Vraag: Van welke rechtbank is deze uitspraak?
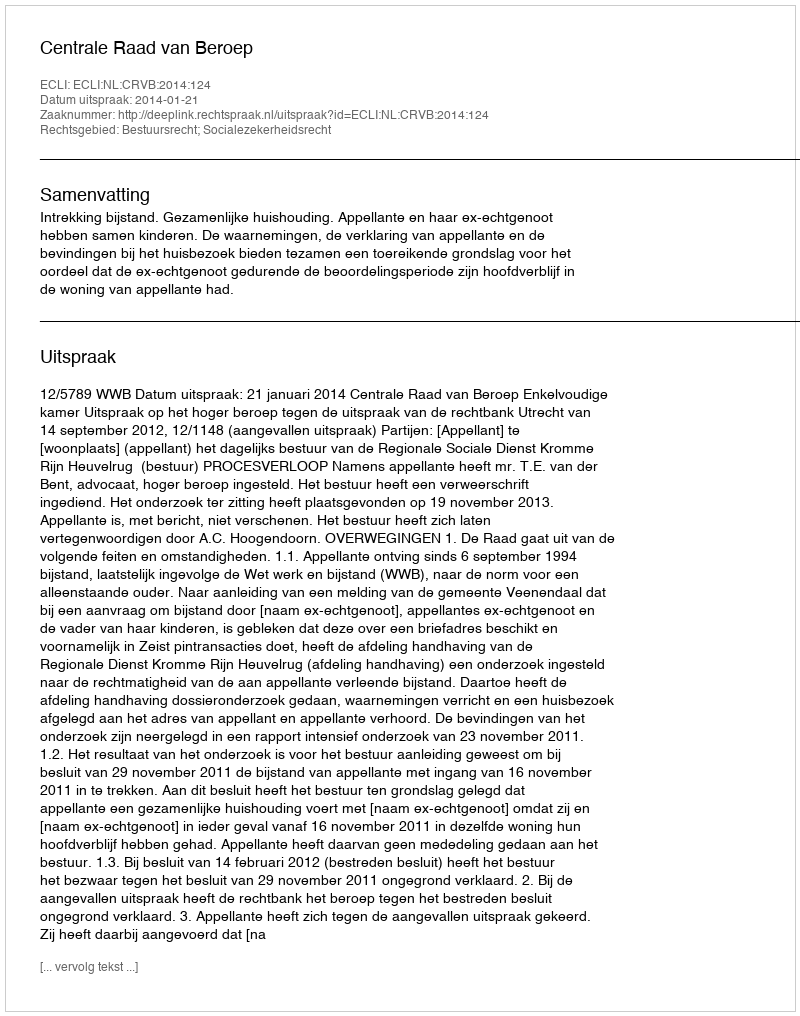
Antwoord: Centrale Raad van Beroep